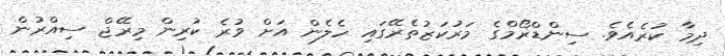
ދިމާ ކުރެއެވެ. ސިންޑްރޯމްގެ މަރުކަޒުތެރޭގައި ހެލެން އަށް ވުރެ ކުރިން މިރޭޖް ސިއްރުން